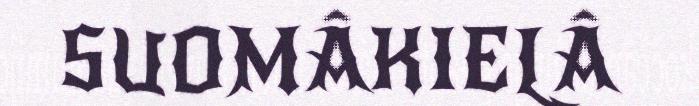
SUOMÂKIELÂ